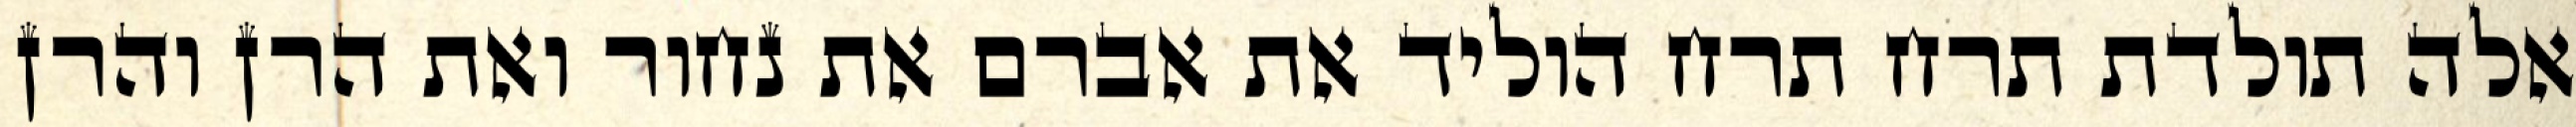
אלה תולדת תרח תרח הוליד את אברם את נחור ואת הרן והרן